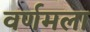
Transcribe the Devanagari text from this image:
वर्णमला